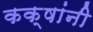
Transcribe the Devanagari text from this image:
कक्षांनी